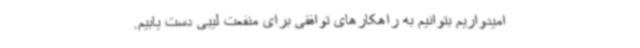
امیدواریم بتوانیم به راهکارهای توافقی برای منفعت لیبی دست یابیم.